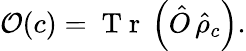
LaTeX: \mathcal{O}(c)=\mathrm{~T~r~}\left(\hat{O}\, \hat{\rho}_{c}\right).